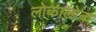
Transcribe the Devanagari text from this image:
लोकालोक